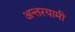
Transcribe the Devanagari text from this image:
अन्‍तरयामी